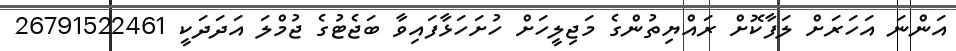
އަންނަ އަހަރަށް ލަފާކޮށް ރައްޔިތުންގެ މަޖިލީހަށް ހުށަހަޅާފައިވާ ބަޖެޓުގެ ޖުމްލަ އަދަދަކީ 26791522461